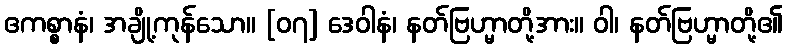
ဧကစ္စာနံ၊ အချို့ကုန်သော။ [၀၇] ဒေဝါနံ၊ နတ်ဗြဟ္မာတို့အား။ ဝါ၊ နတ်ဗြဟ္မာတို့၏